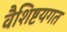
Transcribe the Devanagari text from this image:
वैशिष्टयगत